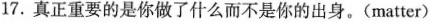
17.真正重要的是你做了什么而不是你的出身。